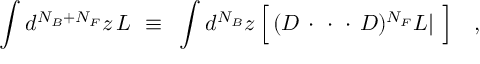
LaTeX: \int d ^ { N _ { B } + N _ { F } } z \, { \cal L } ~ \equiv ~ \int d ^ { N _ { B } } z \, \Big [ \, ( D \, \cdot \, \, \cdot \, \, \cdot \, D ) ^ { N _ { F } } { \cal L } | ~ \Big ] ~ ~ ~ ,